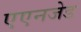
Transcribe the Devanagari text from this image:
एएनजेड